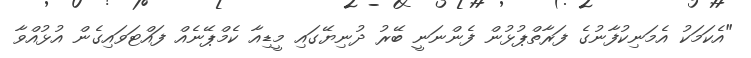
"އެކަމަކު އެމަނިކުފާނުގެ ފަރާތްޕުޅުން ފެންނަނީ ބޭރު ދުނިޔޭގައި މީޑިއާ ކެމްޕޭނެއް ފައްޓަވައިގެން އުޅުއްވާ